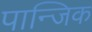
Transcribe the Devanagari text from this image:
पान्जिक